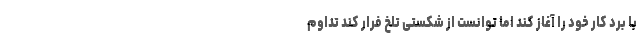
با برد کار خود را آغاز کند اما توانست از شکستی تلخ فرار کند تداوم